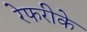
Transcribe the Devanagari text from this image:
रेफरीके